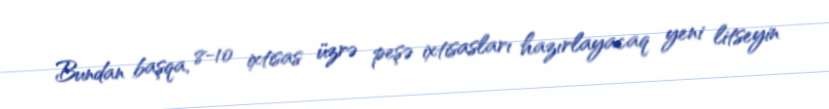
Bundan başqa, 8-10 ixtisas üzrə peşə ixtisasları hazırlayacaq yeni litseyin